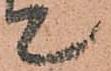
て